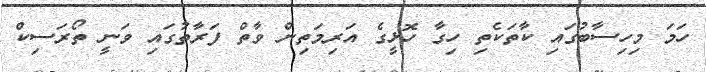
ހަމަ މިހިސާބުގައި ކާތަކެތި ހިގާ ހޮޅީގެ އަރިމަތިން ވާތް ފަރާތުގައި ވަނީ ތޯރަސިކް